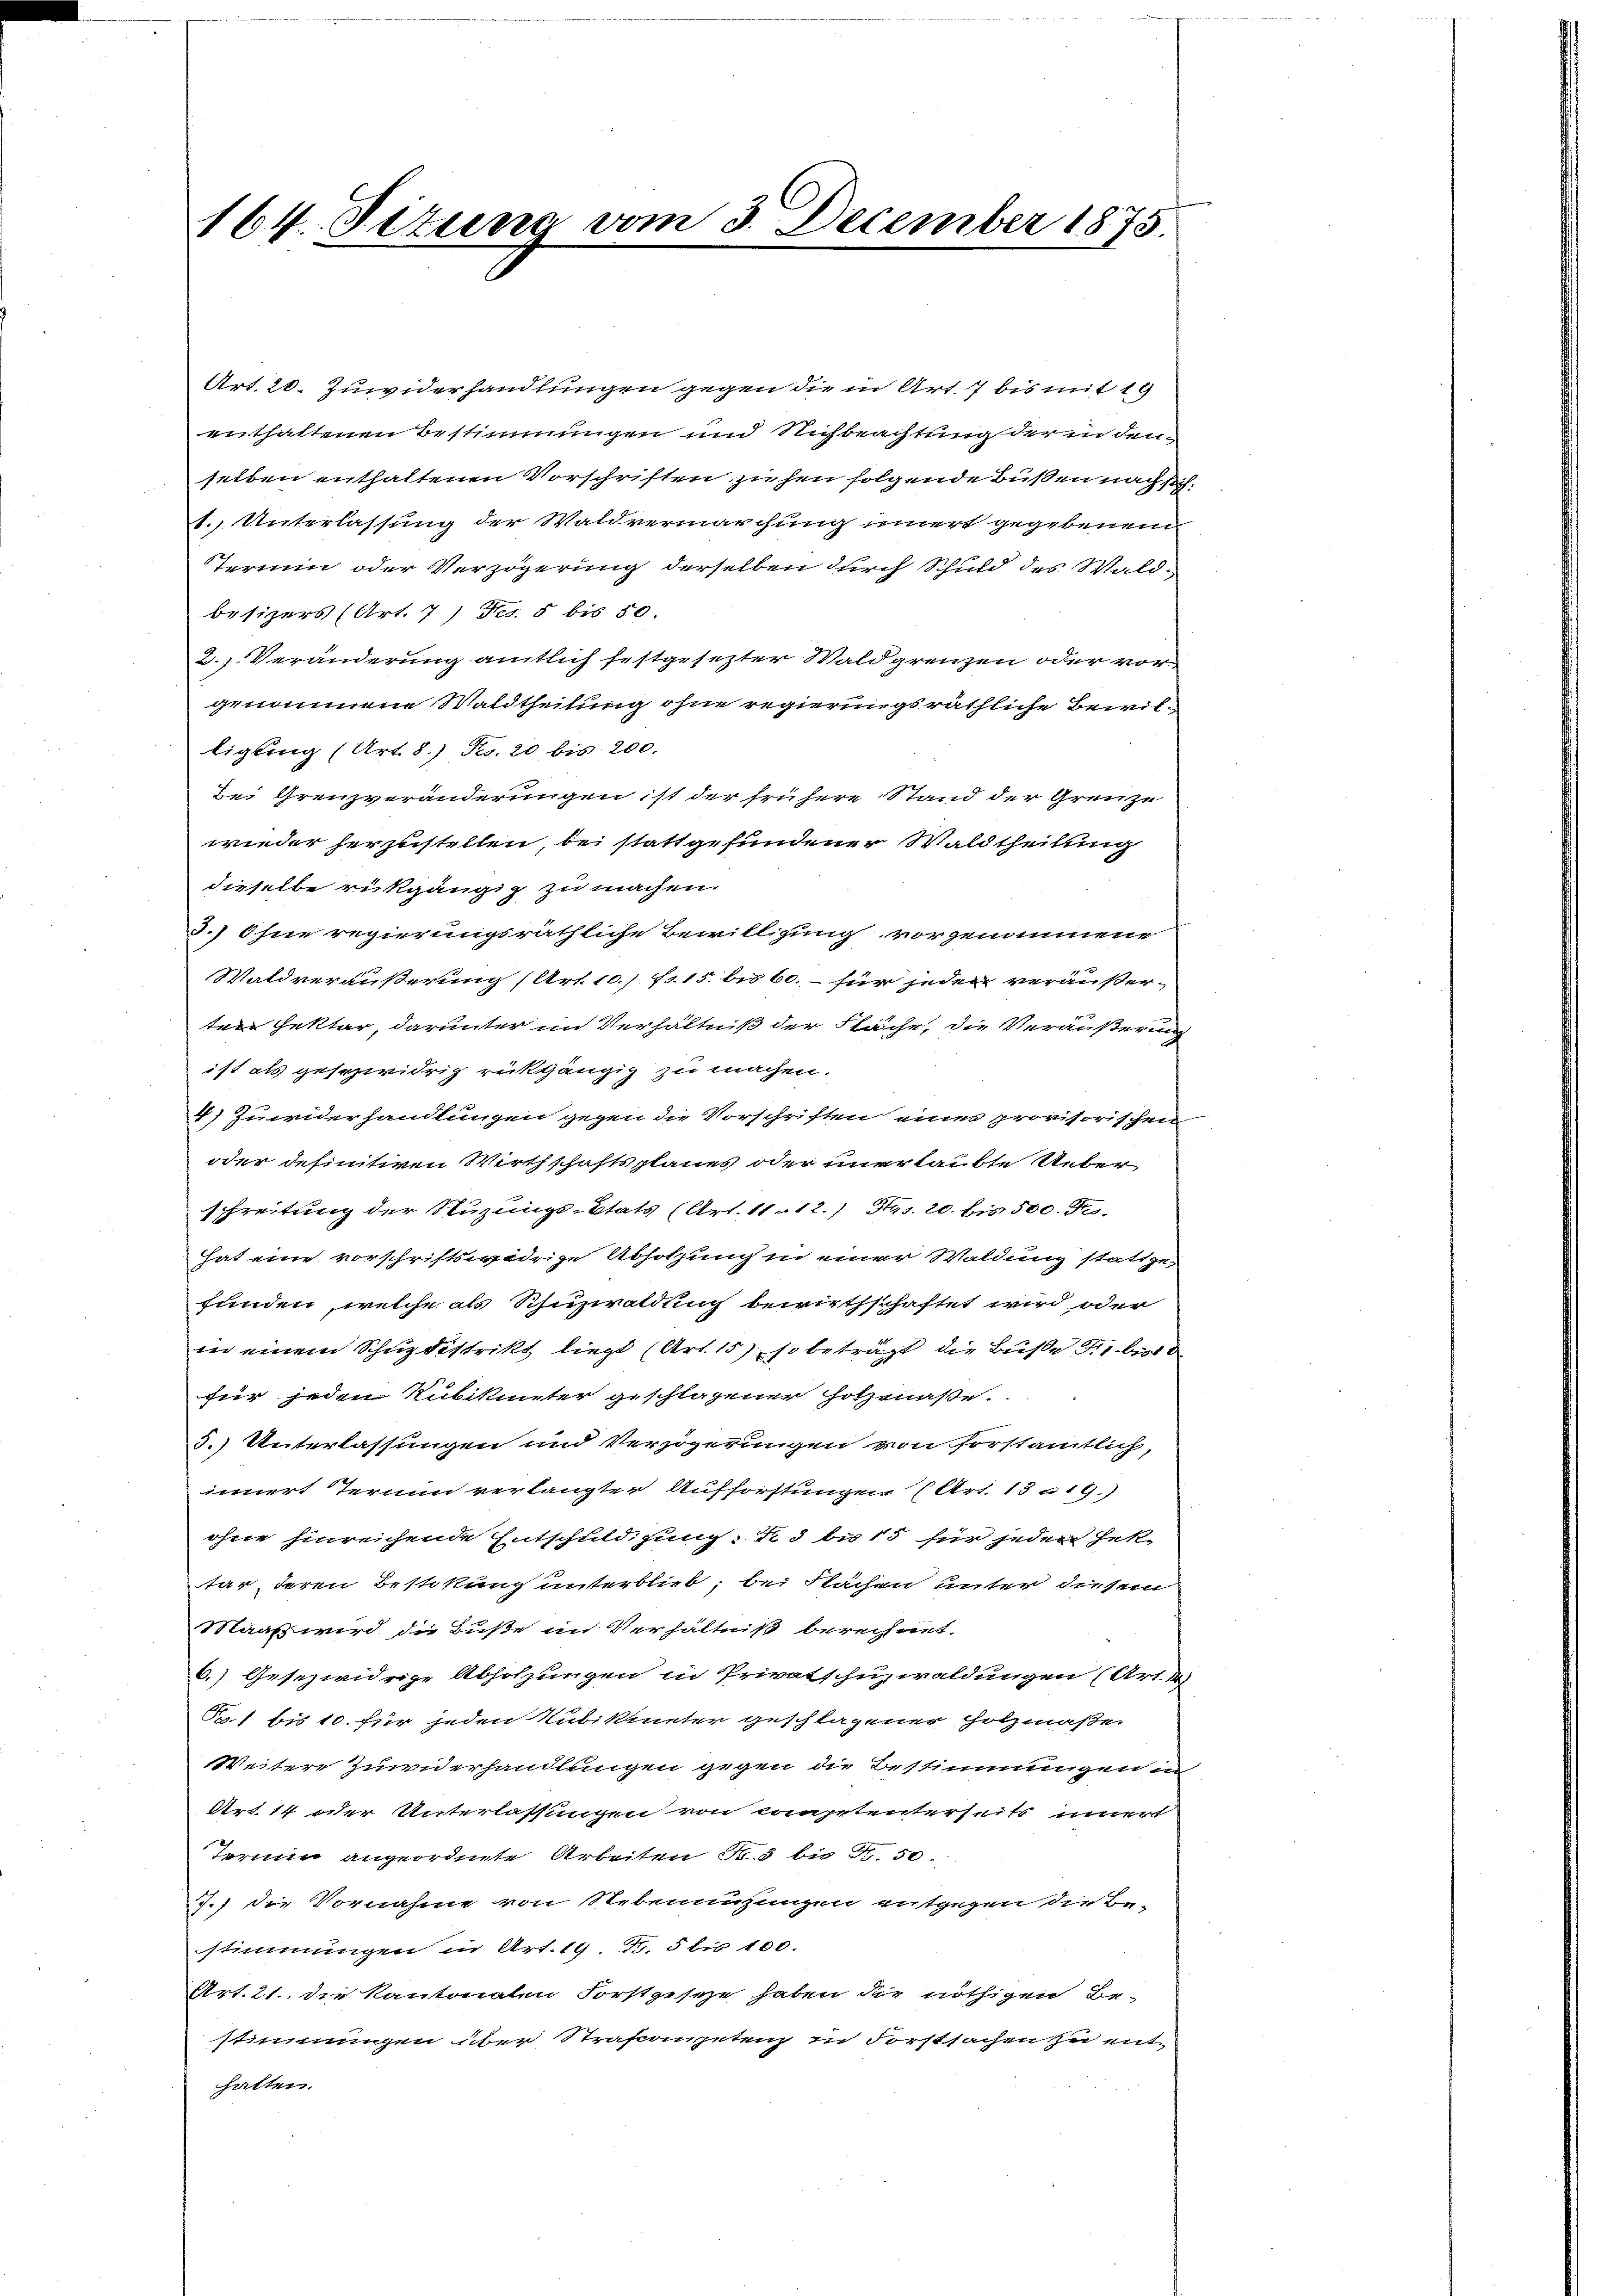
164. Titum vom 3. December 1875.

Art. 20. Zuwiderhandlungen gegen die in Art. 7 bis mit 19
enthaltenen Bestimmungen und Nichbeachtung der in den
selben enthaltenen Vorschriften zuhen folgende Bußen nach sich
t.) Unterlassung der Waldvermarchung innert gegebenem
Termin oder Verzögerung derselben durch Schuld des Waldbesizers (Art. 7) Frs. 5 bis 50.
2.) Veränderung amtlich festgesetzter Waldgrenzen oder vorgenommene Waldtheilung ohne regierungsräthliche Bewilligung (Art. 8) Fr. 20 bis 200.
bei Grenzveränderungen ist der frühere Stand der Grenze
wieder herzustellen, bei stattgefundener Waldtheilung
dieselbe rückgängig zu machen.
3.) Ohne regierungsräthliche Bewilligung vorgenommene
Waldveräußerung (Art. 10./ fr. 15. bis 60. – für jeden veräußer-
terfekter, darunter im Verhältniß der Fläche, die Veräußerung
ist als geschwidrig rückgängig zu machen.
4) Zuwiderhandlungen gegen die Vorschriften eines provisorischen
oder definitiven Wirthschaftsplanes oder unerlaubte Ueberschreitung der Stuzungs-Etats (Art. 11.12.) Hs. 20. bis 500. Fes.
Hat eine vorschriftswidrige Abholzung in einer Waldung stattge
funden, welche als Schuzwaldung bewirthschaftet wird oder
in einem Schuzdistrikt liegt (Art. 15) so beträgt die Buße die bei de
für jeden Kubikunter geschlagener Holzmaße.
3.) Unterlassungen und Verzögerungen von forstamtlich,
innert Ternn verlangter Aufforstungen (Art. 13 n 19.)
ohne hinreichende Entschuldigung: N. 3 bis 15 für jeden Hektar, deren Bestikung unterblieb; bei Flachen unter diesem
Maaß wird die Buße im Verhältniß berechnet.
6.) Gesezwidrige Abholzungen in Privatschuzwaldungen (Art. des
51 bis 10. für jeden Kubikineter geschlagener Holzmaßes
Weitere Zuwiderhandlungen gegen die Bestimmungen in
Art. 14 oder Unterlassungen von Competenterseits unert
Termin angeordnete Arbeiten N. 3 bis Fr. 50.
J.) die Vornahme von Nebenaufungen entgegen die Be-
stimmungen in Art. 19 S. 5 bis 100.
Art. 21. die Kantonalen Forstgeseze haben die nöthigen Be-
stimmungen über Strafanzpetenz in Forstsachen zu enthatten.